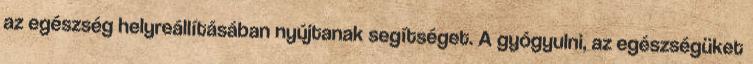
az egészség helyreállításában nyújtanak segítséget. A gyógyulni, az egészségüket